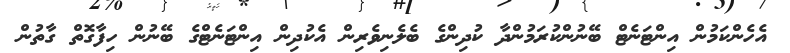
އެހެންކަމުން އިންޓަނެޓް ބޭނުންކުރަމުންދާ ކުދިންގެ ބެލެނިވެރިން އެކުދިން އިންޓަނެޓްގެ ބޭނުން ހިފާގޮތް ގާތުން